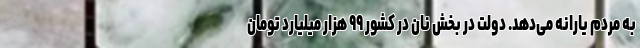
به مردم یارانه می‌دهد. دولت در بخش نان در کشور ۹۹ هزار میلیارد تومان